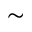
\sim